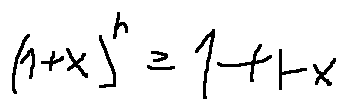
( 1 + x ) ^ { r } \geq 1 + r x